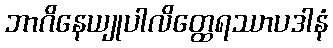
ဘာဂိနေယျုပါလိတ္ထေရဿာပဒါနံ